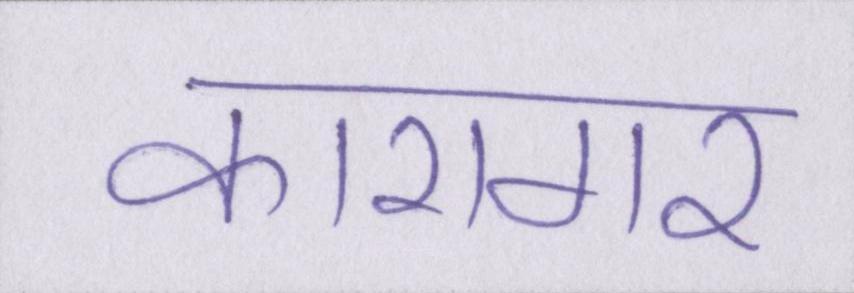
कारागर